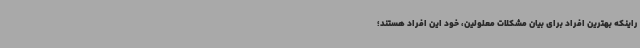
راینکه بهترین افراد برای بیان مشکلات معلولین، خود این افراد هستند؛